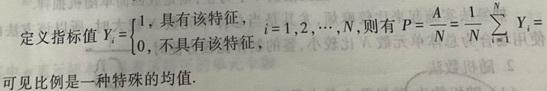
定义指标值 $Y_i = \begin{cases} 1, & \text{具有该特征}, \\ 0, & \text{不具有该特征}, \end{cases} i = 1,2,\cdots,N,$ 则有 $P = \frac{A}{N} = \frac{1}{N} \sum_{i = 1}^{N} Y_i.$ 可见比例是一种特殊的均值.